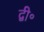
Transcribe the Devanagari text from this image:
द्वी॰